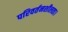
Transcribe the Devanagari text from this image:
परिवर्तनशीलता।